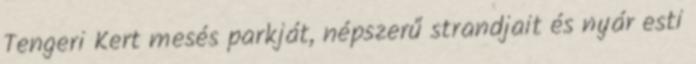
Tengeri Kert mesés parkját, népszerű strandjait és nyár esti